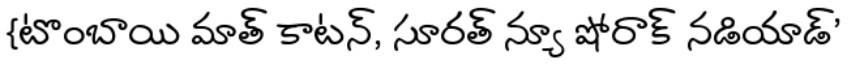
{టొంబాయి మాత్ కాటన్, సూరత్ న్యూ షోరాక్ నడియాడ్'